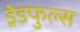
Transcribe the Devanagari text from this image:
ड्रेडफुल्स